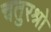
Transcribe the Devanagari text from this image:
चतुरश्रो